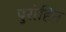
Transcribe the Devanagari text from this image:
पुरोहित